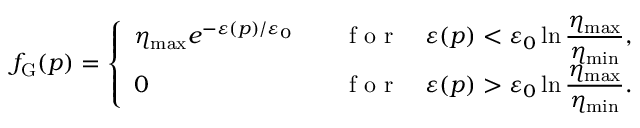
f _ { \mathrm { G } } ( \boldsymbol { p } ) = \left\{ \begin{array} { l l } { \eta _ { \mathrm { m a x } } e ^ { - \varepsilon ( \v { p } ) / \varepsilon _ { 0 } } \quad } & { \mathrm { ~ f ~ o ~ r ~ } \quad \varepsilon ( \boldsymbol { p } ) < \varepsilon _ { 0 } \ln \displaystyle \frac { \eta _ { \mathrm { m a x } } } { \eta _ { \mathrm { m i n } } } , } \\ { 0 \quad } & { \mathrm { ~ f ~ o ~ r ~ } \quad \varepsilon ( \boldsymbol { p } ) > \varepsilon _ { 0 } \ln \displaystyle \frac { \eta _ { \mathrm { m a x } } } { \eta _ { \mathrm { m i n } } } . } \end{array} \right.